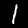
Label: 1